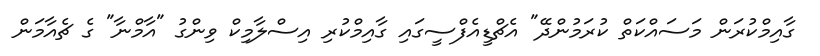
ގާއިމްކުރަން މަސައްކަތް ކުރަމުންދޭ" އެޗްޑީއެފްސީގައި ގާއިމްކުރި އިސްލާމިކް ވިންގު "އާމްނާ" ގެ ޗެއާމަން